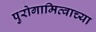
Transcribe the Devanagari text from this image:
पुरोगामित्वाच्या